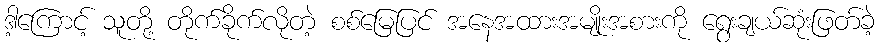
ဒါ့ကြောင့် သူတို့ တိုက်ခိုက်လိုတဲ့ စစ်မြေပြင် အနေအထားအမျိုးအစားကို ရွေးချယ်ဆုံးဖြတ်ခဲ့